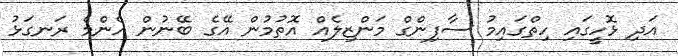
އަދި ޅޮހީގައި ހިތްގައިމު ސާފިންގް މަންޒިލެއް އޮތުމުން އޭގެ ބޭނުން އެންމެ ރަނގަޅު